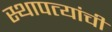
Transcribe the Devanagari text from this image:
स्थापत्यांची